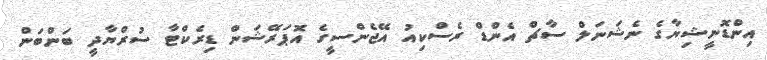
އިންޑޮނީޝިޔާގެ ނެޝަނަލް ސާޗް އެންޑް ރެސްކިއު އޭޖެންސީގެ އޮޕަރޭޝަން ޑިރެކްޓާ ސުރްޔާދީ ބަންބަން